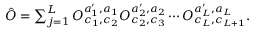
\begin{array} { r } { \hat { O } = \sum _ { j = 1 } ^ { L } O _ { c _ { 1 } , c _ { 2 } } ^ { a _ { 1 } ^ { \prime } , a _ { 1 } } O _ { c _ { 2 } , c _ { 3 } } ^ { a _ { 2 } ^ { \prime } , a _ { 2 } } \cdots O _ { c _ { L } , c _ { L + 1 } } ^ { a _ { L } ^ { \prime } , a _ { L } } . } \end{array}